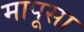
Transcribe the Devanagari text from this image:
मापूसा